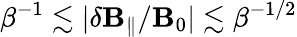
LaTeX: \beta^{-1}\lesssim|\delta\mathbf{B}_{\parallel}/\mathbf{B}_{0}|\lesssim\beta^{-1/2}